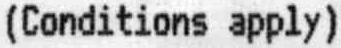
(CONDITIONS APPLY)